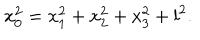
x _ { 0 } ^ { 2 } = x _ { 1 } ^ { 2 } + x _ { 2 } ^ { 2 } + x _ { 3 } ^ { 2 } + l ^ { 2 } .